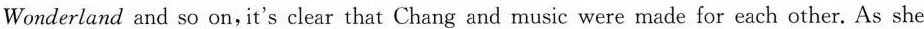
Wonderland and so on,it's clear that Chang and music were made for each other. As she